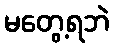
မတွေ့ရဘဲ